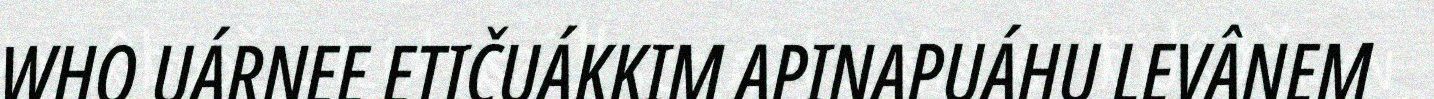
WHO UÁRNEE ETIČUÁKKIM APINAPUÁHU LEVÂNEM